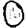
Digit: 0